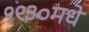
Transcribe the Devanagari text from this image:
१९३०मधे